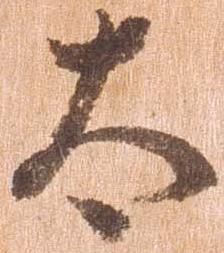
太